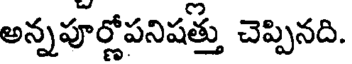
అన్నపూర్లోపనిషత్తు చెప్పినది.